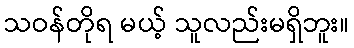
သဝန်တိုရ မယ့် သူလည်းမရှိဘူး။